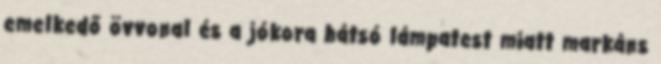
emelkedő övvonal és a jókora hátsó lámpatest miatt markáns